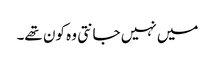
میں نہیں جانتی وہ کون تھے۔